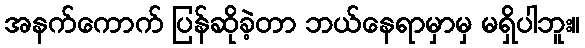
အနက်ကောက် ပြန်ဆိုခဲ့တာ ဘယ်နေရာမှာမှ မရှိပါဘူး။